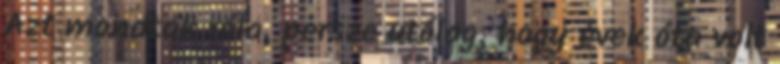
Azt mondták róla, persze utólag, hogy évek óta volt